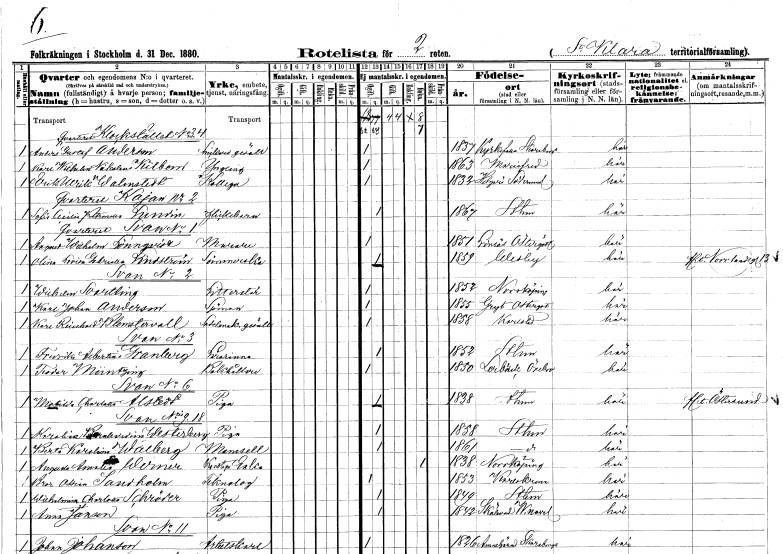
gt_parse: households: individuals: FN: Anders Gustaf
EN: Anderson
YRKE: Snickaregesäll
KON: M
CIV: O
FODAR: 1837
FODFORS: Kyrkefalla Skaraborgs län
FN: Karl Wilhelm Nikolaus
EN: Kilbom
KON: M
CIV: O
FODAR: 1863
FODFORS: Mariefred Södermanlands län
FN: Erik Ulrik
EN: Walenstedt
YRKE: Kollega
KON: M
CIV: O
FODAR: 1833
FODFORS: Helgarö Södermanlands län
FN: Sofia Cecilia Petronella
EN: Lundin
KON: K
CIV: O
FODAR: 1867
FODFORS: Stockholm
FN: August Wilhelm
EN: Lönnqvist
YRKE: Murare
KON: M
CIV: O
FODAR: 1851
FODFORS: Lönsås Östergötlands län
FN: Olina Lovisa Gabriella
EN: Lindström
YRKE: Sömmerska
KON: K
CIV: O
FODAR: 1859
FODFORS: Visby Gotlands län
FN: Wilhelm
EN: Svartling
YRKE: Litteratör
KON: M
CIV: O
FODAR: 1852
FODFORS: Norrköping Östergötlands län
FN: Karl Johan
EN: Andersson
YRKE: Sjöman
KON: M
CIV: O
FODAR: 1855
FODFORS: Gryt Östergötlands län
FN: Karl Reinhold
EN: Blomstervall
YRKE: Sadelmakaregesäll
KON: M
CIV: O
FODAR: 1858
FODFORS: Karlstad Värmlands län
FN: Fredrika Albertina
EN: Granberg
YRKE: Lärarinna
KON: K
CIV: O
FODAR: 1852
FODFORS: Stockholm
FN: Teodor
EN: Müntzing
YRKE: Bokhållare
KON: M
CIV: O
FODAR: 1850
FODFORS: Lerbäck Örebro län
FN: Matilda Charlotta
EN: Alstedt
YRKE: Piga
KON: K
CIV: O
FODAR: 1838
FODFORS: Stockholm
FN: Karolina Bernhardina
EN: Westerberg
YRKE: Piga
KON: K
CIV: O
FODAR: 1858
FODFORS: Stockholm
FN: Berta Karolina
EN: Walberg
KON: K
CIV: O
FODAR: 1861
FODFORS: Stockholm
FN: Augusta Amalia
EN: Werner
YRKE: Konstapelänka
KON: K
CIV: E
FODAR: 1838
FODFORS: Norrköping Östergötlands län
FN: Bror Ossian
EN: Sandholm
YRKE: Teknolog
KON: M
CIV: O
FODAR: 1853
FODFORS: Karlskrona Blekinge län
FN: Wilhelmina Charlotta
EN: Schröder
YRKE: Piga
KON: K
CIV: O
FODAR: 1849
FODFORS: Stockholm
FN: Anna
EN: Janson
YRKE: Piga
KON: K
CIV: O
FODAR: 1842
FODFORS: Själevad Västernorrlands län